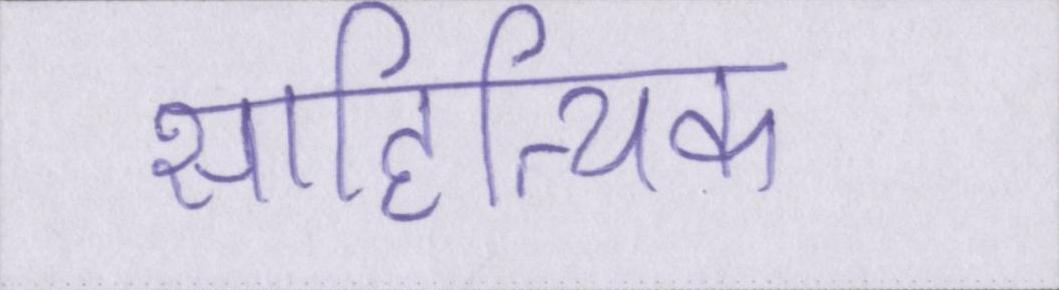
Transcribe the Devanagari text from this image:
साहित्यिक